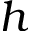
h